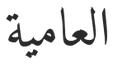
العامية